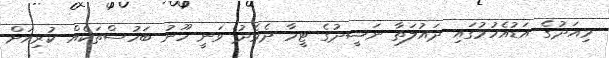
މިއަދުގެ އަޑުއެހުމުގައި ދައުލަތާ ނަޝީދުގެ ޓީމާ ދެމެދު ވަނީ ހޫނު ބަހުސްތަކެއް ކުރިއަށް